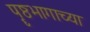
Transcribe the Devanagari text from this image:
पॄष्ठभागाच्या